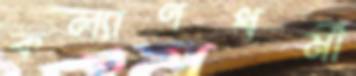
কল্যাণধর্মী